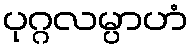
ပုဂ္ဂလမ္ပာဟံ